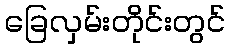
ခြေလှမ်းတိုင်းတွင်